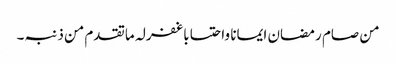
من صام رمضان ایمانا واحتسابا غفرلہ ماتقدم من ذنبہ۔